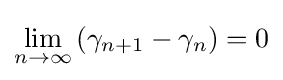
\lim _{n\rightarrow \infty }\left(\gamma _{n+1}-\gamma _{n}\right)=0